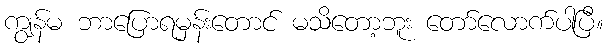
ကျွန်မ ဘာပြောရမှန်းတောင် မသိတော့ဘူး တော်လောက်ပါပြီ။